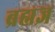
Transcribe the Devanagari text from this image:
ब्रह्मज्ञ